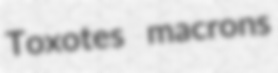
Toxotes macrons